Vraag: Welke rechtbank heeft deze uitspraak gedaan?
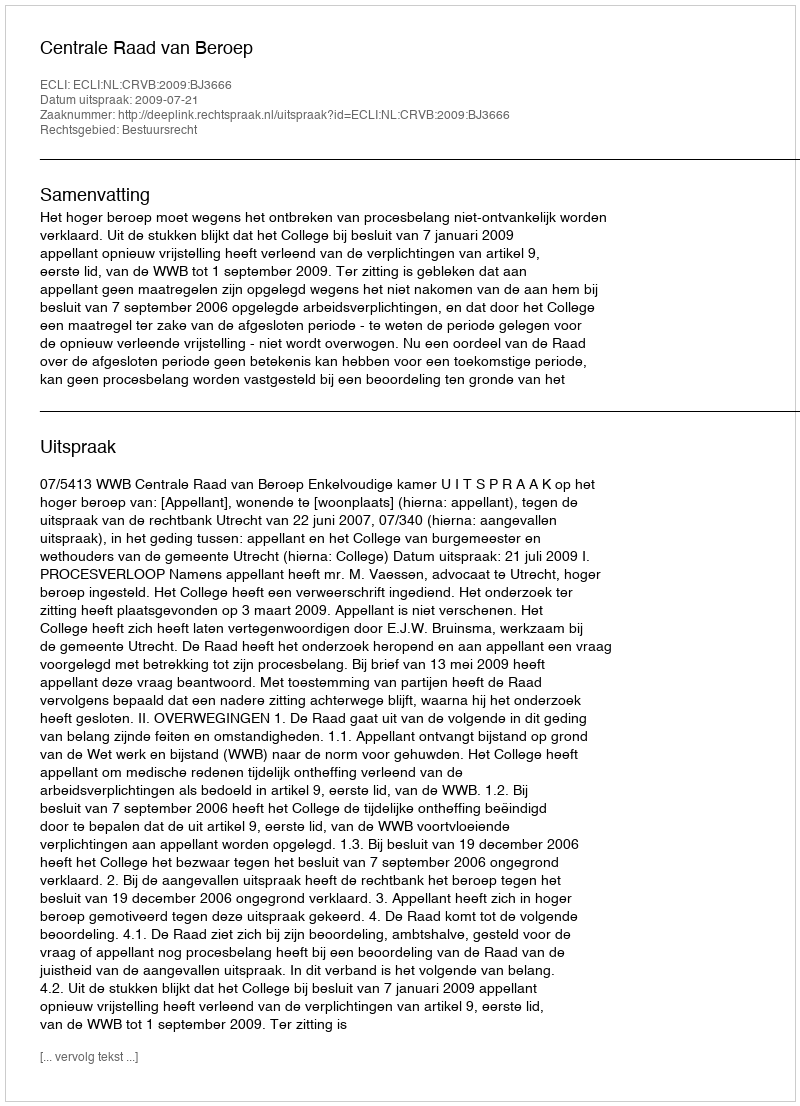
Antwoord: Centrale Raad van Beroep